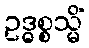
ဥဒ္ဓစ္စသ္မိံ